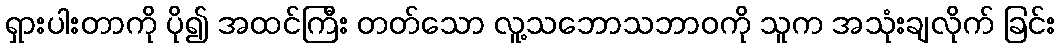
ရှားပါးတာကို ပို၍ အထင်ကြီး တတ်သော လူ့သဘောသဘာဝကို သူက အသုံးချလိုက် ခြင်း